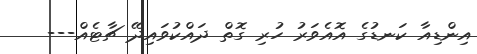
އިންޑިއާ ކަނޑުގެ އޮއެވަރު ހުރި ގޮތް ދައްކުވައިދޭ ޗާޓެއް---